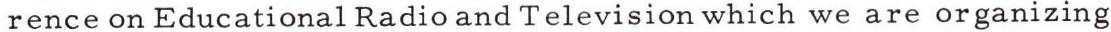
rence on Educational Radio and Television which we are organizing